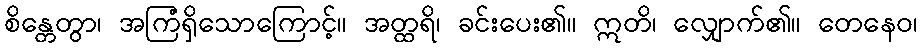
စိန္တေတွာ၊ အကြံရှိသောကြောင့်။ အတ္ထရိ၊ ခင်းပေး၏။ ဣတိ၊ လျှောက်၏။ တေနေဝ၊